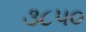
૩૮૫૦